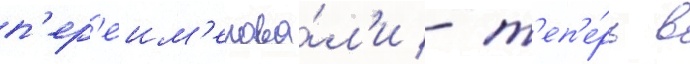
п'ер'еим'енова́л'и - т'еп'е́рь в